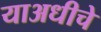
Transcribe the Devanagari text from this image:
याअधीचे